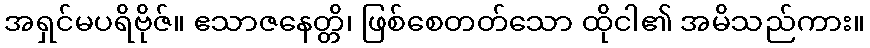
အရှင်မပရိဗိုဇ်။ ဧသာဇနေတ္တိ၊ ဖြစ်စေတတ်သော ထိုငါ၏ အမိသည်ကား။